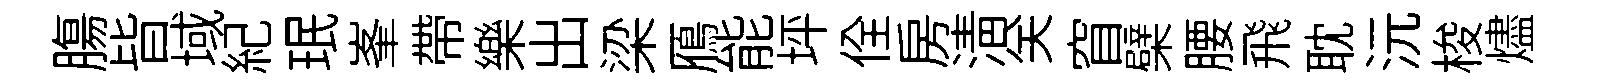
膓𣅜域紀珉峯帶樂出梁鴈能坪佺房淸关窅檗腰飛耽沅梭燼